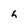
Character: h